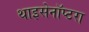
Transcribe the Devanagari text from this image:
थाइसेनॉप्टरा